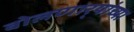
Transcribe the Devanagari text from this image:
बोलणार्‍यांच्या